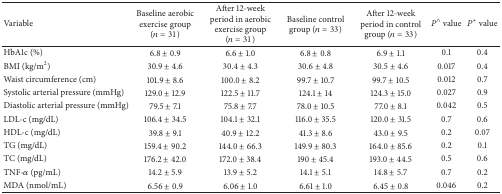
<table><thead><tr><td><b>Variable</b></td><td><b>Baseline aerobic exercise group (<i>n</i> = 31)</b></td><td><b>After 12-week period in aerobic exercise group (<i>n</i> = 31)</b></td><td><b>Baseline control group (<i>n</i> = 33)</b></td><td><b>After 12-week period in control group (<i>n</i> = 33)</b></td><td><b><i>P</i><sup>∧</sup> value </b></td><td><b><i>P</i><sup>*</sup> value </b></td></tr></thead><tbody><tr><td>HbA1c (%)</td><td>6.8 ± 0.9</td><td>6.6 ± 1.0</td><td>6.8 ± 0.8</td><td>6.9 ± 1.1</td><td>0.1</td><td>0.4</td></tr><tr><td>BMI (kg/m<sup>2</sup>)</td><td>30.9 ± 4.6</td><td>30.4 ± 4.3</td><td>30.6 ± 4.8</td><td>30.5 ± 4.6</td><td>0.017</td><td>0.4</td></tr><tr><td>Waist circumference (cm)</td><td>101.9 ± 8.6</td><td>100.0 ± 8.2</td><td>99.7 ± 10.7</td><td>99.7 ± 10.5</td><td>0.012</td><td>0.7</td></tr><tr><td>Systolic arterial pressure (mmHg)</td><td>129.0 ± 12.9</td><td>122.5 ± 11.7</td><td>124.1 ± 14</td><td>124.3 ± 15.0</td><td>0.027</td><td>0.9</td></tr><tr><td>Diastolic arterial pressure (mmHg)</td><td>79.5 ± 7.1</td><td>75.8 ± 7.7</td><td>78.0 ± 10.5</td><td>77.0 ± 8.1</td><td>0.042</td><td>0.5</td></tr><tr><td>LDL-c (mg/dL)</td><td>106.4 ± 34.5</td><td>104.1 ± 32.1</td><td>116.0 ± 35.5</td><td>120.0 ± 31.5</td><td>0.7</td><td>0.6</td></tr><tr><td>HDL-c (mg/dL)</td><td>39.8 ± 9.1</td><td>40.9 ± 12.2</td><td>41.3 ± 8.6</td><td>43.0 ± 9.5</td><td>0.2</td><td>0.07</td></tr><tr><td>TG (mg/dL)</td><td>159.4 ± 90.2</td><td>144.0 ± 66.3</td><td>149.9 ± 80.3</td><td>164.0 ± 85.6</td><td>0.2</td><td>0.1</td></tr><tr><td>TC (mg/dL)</td><td>176.2 ± 42.0</td><td>172.0 ± 38.4</td><td>190 ± 45.4</td><td>193.0 ± 44.5</td><td>0.5</td><td>0.6</td></tr><tr><td>TNF-<i>α</i> (pg/mL)</td><td>14.2 ± 5.9</td><td>13.9 ± 5.2</td><td>14.1 ± 5.1</td><td>14.8 ± 5.7</td><td>0.7</td><td>0.2</td></tr><tr><td>MDA (nmol/mL)</td><td>6.56 ± 0.9</td><td>6.06 ± 1.0</td><td>6.61 ± 1.0</td><td>6.45 ± 0.8</td><td>0.046</td><td>0.2</td></tr></tbody></table>